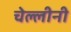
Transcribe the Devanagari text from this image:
चेल्लीनी